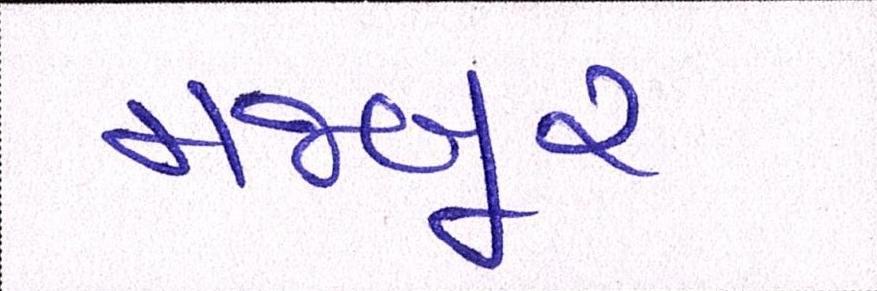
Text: મજબૂર